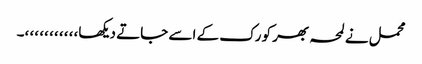
محمل نے لمحہ بھر کو رک کے اسے جاتے دیکھا،، ،، ،، ،، ،، ،۔